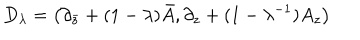
D _ { \lambda } = \left( { \partial _ { \bar { z } } + ( 1 - \lambda ) { \bar { A } } , \partial _ { z } + ( 1 - \lambda ^ { - 1 } ) A _ { z } } \right)